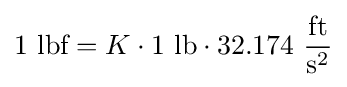
1~{\text{lbf}}=K\cdot 1~{\text{lb}}\cdot 32.174~{\frac {\text{ft}}{{\text{s}}^{2}}}